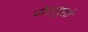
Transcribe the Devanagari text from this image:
पोटापुरते